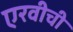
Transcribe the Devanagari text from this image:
एरवीची